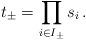
LaTeX: \begin{align*}t_\pm = \prod_{i \in I_\pm} s_i\,.\end{align*}